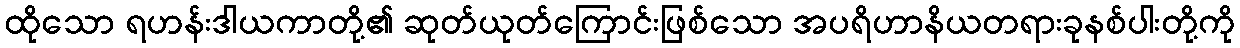
ထိုသော ရဟန်းဒါယကာတို့၏ ဆုတ်ယုတ်ကြောင်းဖြစ်သော အပရိဟာနိယတရားခုနစ်ပါးတို့ကို